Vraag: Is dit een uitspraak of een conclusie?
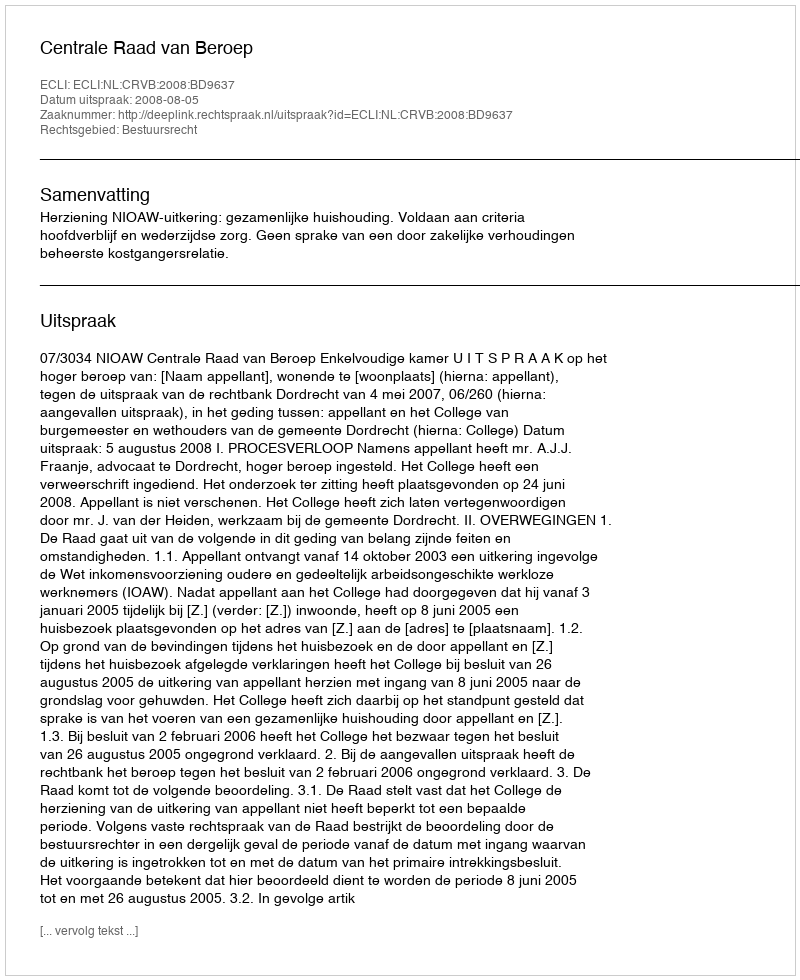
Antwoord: Uitspraak